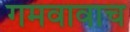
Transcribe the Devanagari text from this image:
गमवावाच